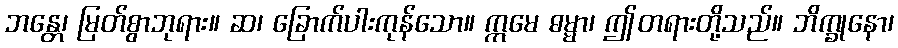
ဘန္တေ၊ မြတ်စွာဘုရား။ ဆ၊ ခြောက်ပါးကုန်သော။ ဣမေ ဓမ္မာ၊ ဤတရားတို့သည်။ ဘိက္ခုနော၊